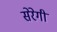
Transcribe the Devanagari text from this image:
सेरेगी